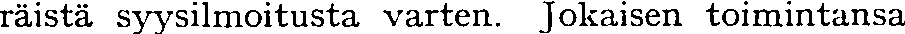
räistä syysilmoitusta varten. Jokaisen toimintansa